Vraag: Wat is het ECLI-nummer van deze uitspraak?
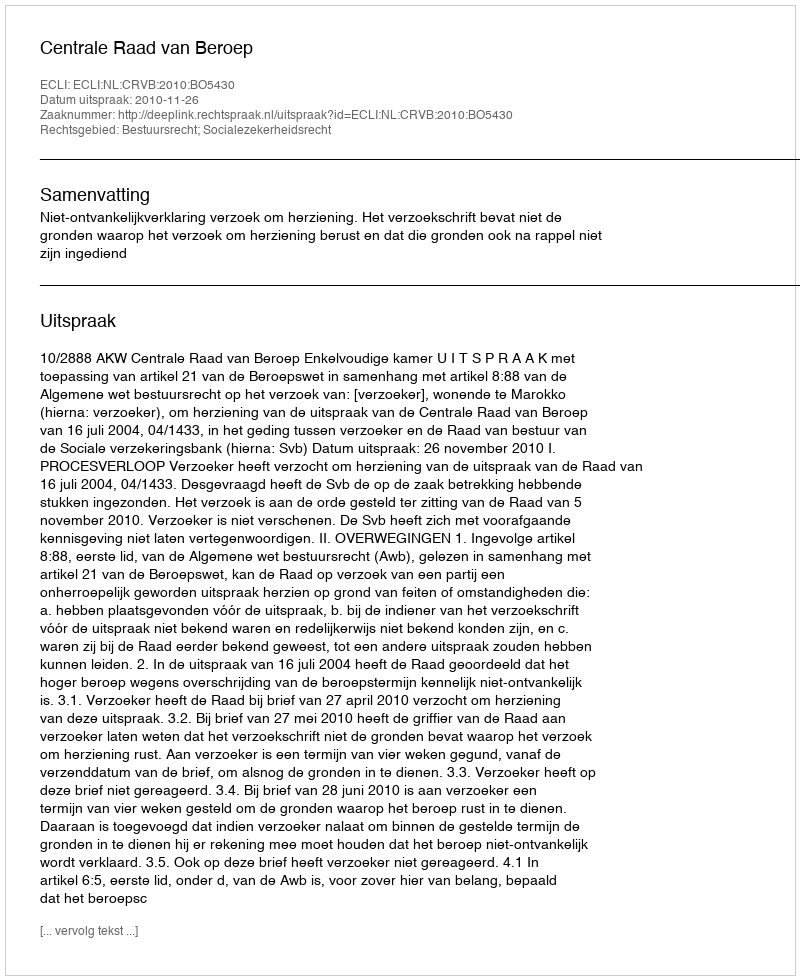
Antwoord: ECLI:NL:CRVB:2010:BO5430